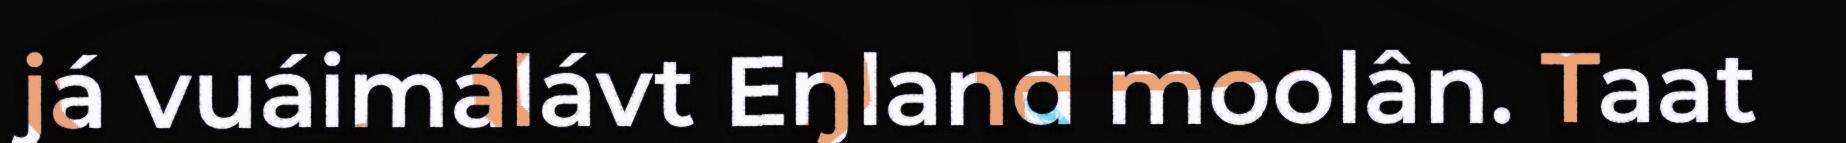
já vuáimálávt Eŋland moolân. Taat